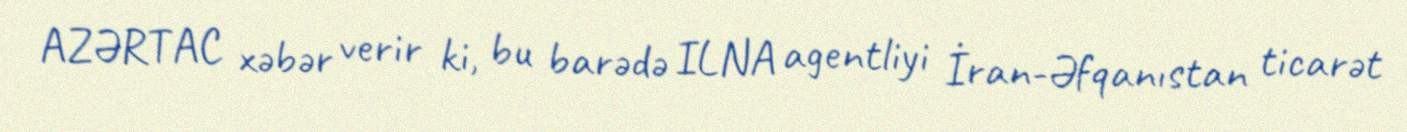
AZƏRTAC xəbər verir ki, bu barədə ILNA agentliyi İran-Əfqanıstan ticarət